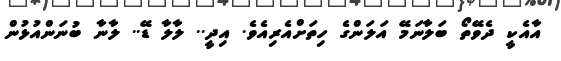
އާއެކީ ދެވޭތޯ ބަލާނަމޭ އަލަންގެ ހިތަށްއެރިއެވެ. އިދީ.. ލާލާ ޑޭ.. ލާނާ ބުނަންއުޅުން